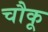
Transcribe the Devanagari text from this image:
चौकू